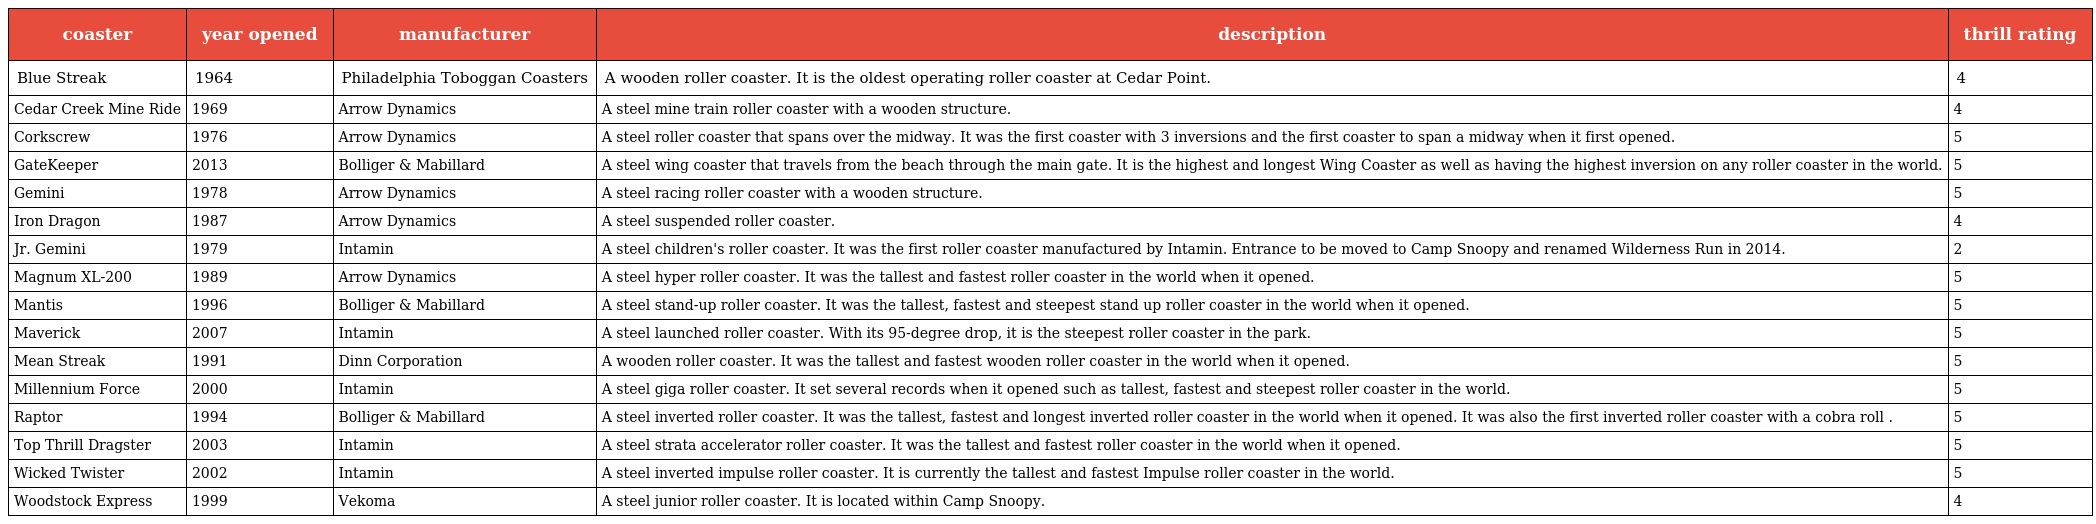
| coaster | year opened | manufacturer | description | thrill rating |
 | --- | --- | --- | --- | --- |
 | Blue Streak | 1964 | Philadelphia Toboggan Coasters | A wooden roller coaster. It is the oldest operating roller coaster at Cedar Point. | 4 |
 | Cedar Creek Mine Ride | 1969 | Arrow Dynamics | A steel mine train roller coaster with a wooden structure. | 4 |
 | Corkscrew | 1976 | Arrow Dynamics | A steel roller coaster that spans over the midway. It was the first coaster with 3 inversions and the first coaster to span a midway when it first opened. | 5 |
 | GateKeeper | 2013 | Bolliger & Mabillard | A steel wing coaster that travels from the beach through the main gate. It is the highest and longest Wing Coaster as well as having the highest inversion on any roller coaster in the world. | 5 |
 | Gemini | 1978 | Arrow Dynamics | A steel racing roller coaster with a wooden structure. | 5 |
 | Iron Dragon | 1987 | Arrow Dynamics | A steel suspended roller coaster. | 4 |
 | Jr. Gemini | 1979 | Intamin | A steel children's roller coaster. It was the first roller coaster manufactured by Intamin. Entrance to be moved to Camp Snoopy and renamed Wilderness Run in 2014. | 2 |
 | Magnum XL-200 | 1989 | Arrow Dynamics | A steel hyper roller coaster. It was the tallest and fastest roller coaster in the world when it opened. | 5 |
 | Mantis | 1996 | Bolliger & Mabillard | A steel stand-up roller coaster. It was the tallest, fastest and steepest stand up roller coaster in the world when it opened. | 5 |
 | Maverick | 2007 | Intamin | A steel launched roller coaster. With its 95-degree drop, it is the steepest roller coaster in the park. | 5 |
 | Mean Streak | 1991 | Dinn Corporation | A wooden roller coaster. It was the tallest and fastest wooden roller coaster in the world when it opened. | 5 |
 | Millennium Force | 2000 | Intamin | A steel giga roller coaster. It set several records when it opened such as tallest, fastest and steepest roller coaster in the world. | 5 |
 | Raptor | 1994 | Bolliger & Mabillard | A steel inverted roller coaster. It was the tallest, fastest and longest inverted roller coaster in the world when it opened. It was also the first inverted roller coaster with a cobra roll . | 5 |
 | Top Thrill Dragster | 2003 | Intamin | A steel strata accelerator roller coaster. It was the tallest and fastest roller coaster in the world when it opened. | 5 |
 | Wicked Twister | 2002 | Intamin | A steel inverted impulse roller coaster. It is currently the tallest and fastest Impulse roller coaster in the world. | 5 |
 | Woodstock Express | 1999 | Vekoma | A steel junior roller coaster. It is located within Camp Snoopy. | 4 |